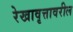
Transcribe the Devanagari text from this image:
रेखावृत्तावरील